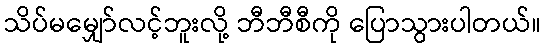
သိပ်မမျှော်လင့်ဘူးလို့ ဘီဘီစီကို ပြောသွားပါတယ်။